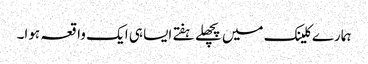
ہمارے کلینک میں پچھلے ہفتے ایسا ہی ایک واقعہ ہوا۔